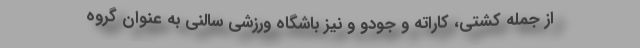
از جمله کشتی، کاراته و جودو و نیز باشگاه ورزشی سالنی به عنوان گروه